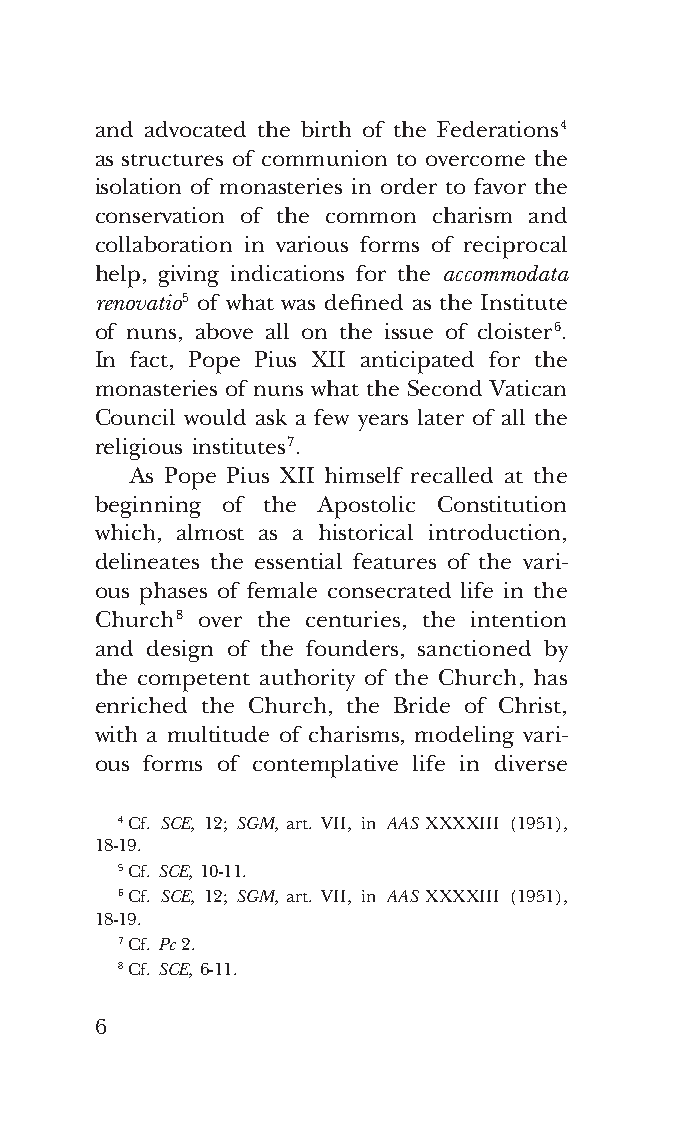
COR ORANS – NUOVO FORMATO – INGLESE 2ª BOZZA – 24 maggio 2018 – 11:12
 and advocated the birth of the Federations 4
 as structures of communion to overcome the
 isolation of monasteries in order to favor the
 conservation of the common charism and
 collaboration in various forms of reciprocal
 help, giving indications for the accommodata
 renovatio 5 of what was defined as the Institute
 of nuns, above all on the issue of cloister 6.
 In fact, Pope Pius XII anticipated for the
 monasteries of nuns what the Second Vatican
 Council would ask a few years later of all the
 religious institutes 7.
 As Pope Pius XII himself recalled at the
 beginning of the Apostolic Constitution
 which, almost as a historical introduction,
 delineates the essential features of the vari-
 ous phases of female consecrated life in the
 Church 8 over the centuries, the intention
 and design of the founders, sanctioned by
 the competent authority of the Church, has
 enriched the Church, the Bride of Christ,
 with a multitude of charisms, modeling vari-
 ous forms of contemplative life in diverse
 4 Cf. SCE, 12; SGM, art. VII, in AAS XXXXIII (1951),
 18-19.
 5 Cf. SCE, 10-11.
 6 Cf. SCE, 12; SGM, art. VII, in AAS XXXXIII (1951),
 18-19.
 7 Cf. Pc 2.
 8 Cf. SCE, 6-11.
 6